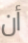
أن